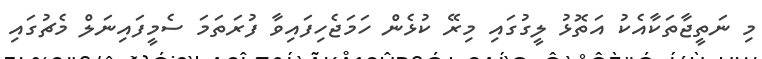
މި ނަތީޖާތަކާއެކު އަތޮޅު ލީގުގައި މިރޭ ކުޅެން ހަމަޖެހިފައިވާ ފުރަތަމަ ސެމީފައިނަލް މެޗުގައި